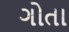
ગોતા